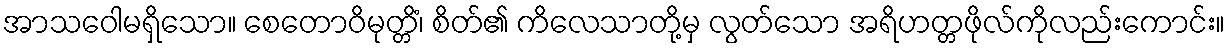
အာသဝေါမရှိသော။ စေတောဝိမုတ္တိံ၊ စိတ်၏ ကိလေသာတို့မှ လွတ်သော အရိဟတ္တဖိုလ်ကိုလည်းကောင်း။